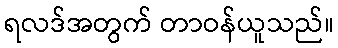
ရလဒ်အတွက် တာဝန်ယူသည်။